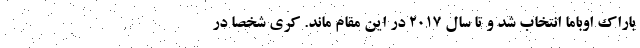
باراک اوباما انتخاب شد و تا سال ۲۰۱۷ در این مقام ماند. کری شخصاً در